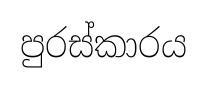
පුරස්කාරය